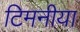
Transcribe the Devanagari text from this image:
टिमनीया